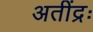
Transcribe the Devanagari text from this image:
अतींद्रः